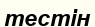
тестін